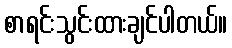
စာရင်းသွင်းထားချင်ပါတယ်။